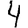
Digit: 4